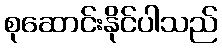
စုဆောင်းနိုင်ပါသည်